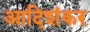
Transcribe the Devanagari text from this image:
आदिशंकर